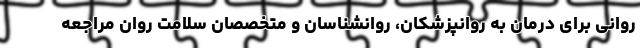
روانی برای درمان به روانپزشکان، روانشناسان و متخصصان سلامت روان مراجعه